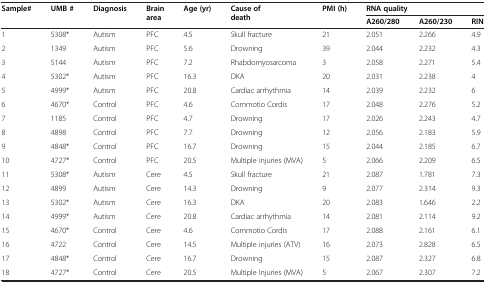
<table><thead><tr><td rowspan="2"><b>Sample#</b></td><td rowspan="2"><b>UMB #</b></td><td rowspan="2"><b>Diagnosis</b></td><td rowspan="2"><b>Brain area</b></td><td rowspan="2"><b>Age (yr)</b></td><td rowspan="2"><b>Cause of death</b></td><td rowspan="2"><b>PMI (h)</b></td><td colspan="3"><b>RNA quality</b></td></tr><tr><td><b>A260/280</b></td><td><b>A260/230</b></td><td><b>RIN</b></td></tr></thead><tbody><tr><td>1</td><td>5308*</td><td>Autism</td><td>PFC</td><td>4.5</td><td>Skull fracture</td><td>21</td><td>2.051</td><td>2.266</td><td>4.9</td></tr><tr><td>2</td><td>1349</td><td>Autism</td><td>PFC</td><td>5.6</td><td>Drowning</td><td>39</td><td>2.044</td><td>2.232</td><td>4.3</td></tr><tr><td>3</td><td>5144</td><td>Autism</td><td>PFC</td><td>7.2</td><td>Rhabdomyosarcoma</td><td>3</td><td>2.058</td><td>2.271</td><td>5.4</td></tr><tr><td>4</td><td>5302*</td><td>Autism</td><td>PFC</td><td>16.3</td><td>DKA</td><td>20</td><td>2.031</td><td>2.238</td><td>4</td></tr><tr><td>5</td><td>4999*</td><td>Autism</td><td>PFC</td><td>20.8</td><td>Cardiac arrhythmia</td><td>14</td><td>2.039</td><td>2.232</td><td>6</td></tr><tr><td>6</td><td>4670*</td><td>Control</td><td>PFC</td><td>4.6</td><td>Commotio Cordis</td><td>17</td><td>2.048</td><td>2.276</td><td>5.2</td></tr><tr><td>7</td><td>1185</td><td>Control</td><td>PFC</td><td>4.7</td><td>Drowning</td><td>17</td><td>2.026</td><td>2.243</td><td>4.7</td></tr><tr><td>8</td><td>4898</td><td>Control</td><td>PFC</td><td>7.7</td><td>Drowning</td><td>12</td><td>2.056</td><td>2.183</td><td>5.9</td></tr><tr><td>9</td><td>4848*</td><td>Control</td><td>PFC</td><td>16.7</td><td>Drowning</td><td>15</td><td>2.044</td><td>2.185</td><td>6.7</td></tr><tr><td>10</td><td>4727*</td><td>Control</td><td>PFC</td><td>20.5</td><td>Multiple injuries (MVA)</td><td>5</td><td>2.066</td><td>2.209</td><td>6.5</td></tr><tr><td>11</td><td>5308*</td><td>Autism</td><td>Cere</td><td>4.5</td><td>Skull fracture</td><td>21</td><td>2.087</td><td>1.781</td><td>7.3</td></tr><tr><td>12</td><td>4899</td><td>Autism</td><td>Cere</td><td>14.3</td><td>Drowning</td><td>9</td><td>2.077</td><td>2.314</td><td>9.3</td></tr><tr><td>13</td><td>5302*</td><td>Autism</td><td>Cere</td><td>16.3</td><td>DKA</td><td>20</td><td>2.083</td><td>1.646</td><td>2.2</td></tr><tr><td>14</td><td>4999*</td><td>Autism</td><td>Cere</td><td>20.8</td><td>Cardiac arrhythmia</td><td>14</td><td>2.081</td><td>2.114</td><td>9.2</td></tr><tr><td>15</td><td>4670*</td><td>Control</td><td>Cere</td><td>4.6</td><td>Commotio Cordis</td><td>17</td><td>2.088</td><td>2.161</td><td>6.1</td></tr><tr><td>16</td><td>4722</td><td>Control</td><td>Cere</td><td>14.5</td><td>Multiple injuries (ATV)</td><td>16</td><td>2.073</td><td>2.828</td><td>6.5</td></tr><tr><td>17</td><td>4848*</td><td>Control</td><td>Cere</td><td>16.7</td><td>Drowning</td><td>15</td><td>2.087</td><td>2.327</td><td>6.8</td></tr><tr><td>18</td><td>4727*</td><td>Control</td><td>Cere</td><td>20.5</td><td>Multiple Injuries (MVA)</td><td>5</td><td>2.067</td><td>2.307</td><td>7.2</td></tr></tbody></table>